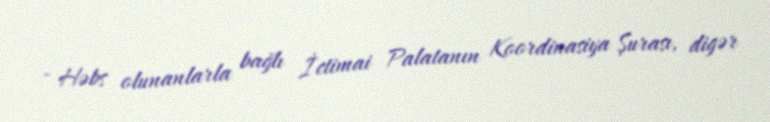
- Həbs olunanlarla bağlı İctimai Palatanın Koordinasiya Şurası, digər